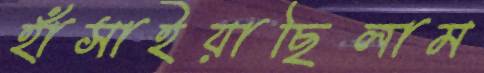
হাঁসাইয়াছিলাম